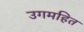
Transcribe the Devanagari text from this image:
उगमहित